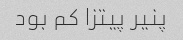
پنیر پیتزا کم بود